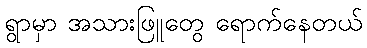
ရွာမှာ အသားဖြူတွေ ရောက်နေတယ်